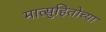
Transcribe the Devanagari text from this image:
मात्सुहितोच्या